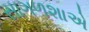
સાગળશાએ